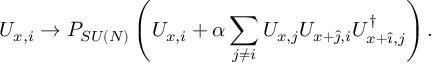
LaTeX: U _ { x , i } \rightarrow P _ { S U ( N ) } \left( U _ { x , i } + \alpha \sum _ { j \neq i } U _ { x , j } U _ { x + \hat { \jmath } , i } U _ { x + \hat { \imath } , j } ^ { \dagger } \right) .